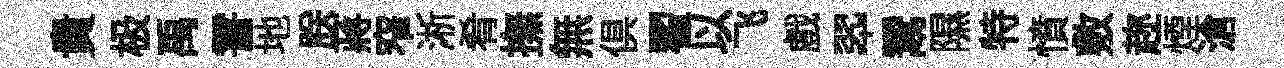
貴极禹霅地朕蔣窄淅肴撫無俱翟以飞戲翆鬻隰特憤敷趂煙滄